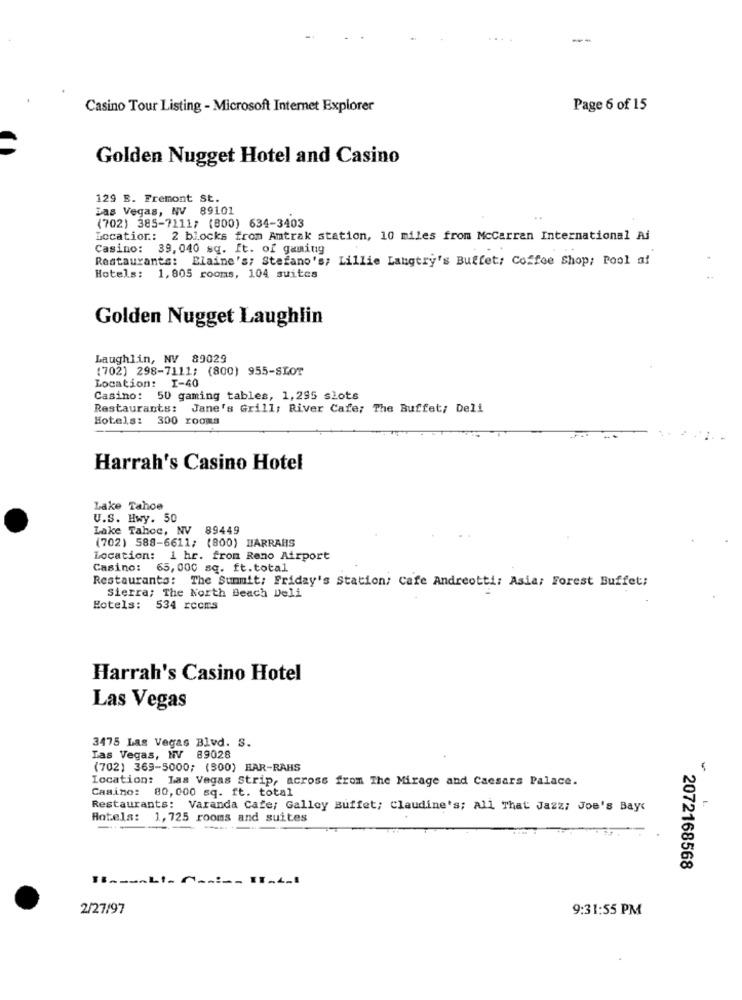
--
Casino Tour Listing - Microsoft Internet Explorer
Page 6 of 15
Golden Nugget Hotel and Casino
129 B. Fremont St.
Las Vegas, NV 89101
..
(702) 385-7111; (800) 634-3403
Location: 2 blocks from Amtrak station, 10 miles from McCarran International Ai
Casino: 39,040 sq. ft. of gaming
Restaurants: Blaine's; Stefano's; Lillie Langtry's Buffet; Coffee Shop; Pool af
Hotels: 1,805 rooms, 104 suites
Golden Nugget Laughlin
Laughlin, NV 89029
(702) 298-7111; (800) 955-SLOT
Location: I-40
Casino: 50 gaming tables, 1,295 slots
Restaurants: Jane's Grill; River Cafe; The Buffet; Deli
Hotels: 300 rooms
Harrah's Casino Hotel
Lake Tahoe
U.S. Hwy. 50
Lake Tahoe, NV 89449
(702) 588-6611; (800) HARRAHS
Location: 1 hr. from Reno Airport
Casino: 65, 000 sq. ft.total
Restaurants: The Sunnit; Friday's Station/ Cafe Andreotti: Asia; Forest Buffet;
Sierra; The North Beach Deli
Hotels: 534 reces
Harrah's Casino Hotel
Las Vegas
3475 Las Vegas Blvd. S.
Las Vegas, NV 89028
(702) 369-5000; (300) HAR-RAHS
Location: Las Vegas Strip, across from The Mirage and Caesars Palace.
Casino: 80,000 sq. ft. total
Restaurants: Varanda Cafe; Galley Buffet; Claudine's; All That Jazz; Joe's Bay‹
Hotels: 1,725 rooms and suites
--
2072168568
11 ---- LI- A ---- 11-4-1
2/27/97
9:31:55 PM